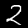
Digit: 2